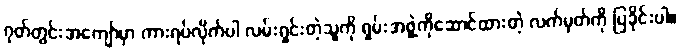
ဂုတ်တွင်းအကျော်မှာ ကားရပ်လိုက်ပါ လမ်းရှင်းတဲ့သုူကို ရှမ်းအဖွဲ့ကိုဆောင်ထားတဲ့ လက်မှတ်ကို ပြခိုင်းပါ။